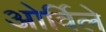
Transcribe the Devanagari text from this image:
ओर्विले